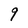
Character: 9